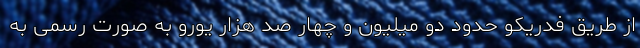
از طریق فدریکو حدود دو میلیون و چهار صد هزار یورو به صورت رسمی به